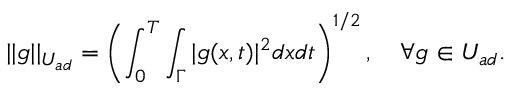
| | g | | _ { U _ { a d } } = \left( \int _ { 0 } ^ { T } \int _ { \Gamma } | g ( x , t ) | ^ { 2 } d x d t \right) ^ { 1 / 2 } , \quad \forall g \in U _ { a d } .